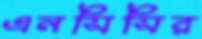
এনসিসির